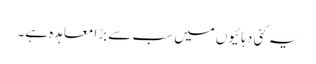
یہ کئی دہائیوں میں سب سے بڑا معاہدہ ہے۔